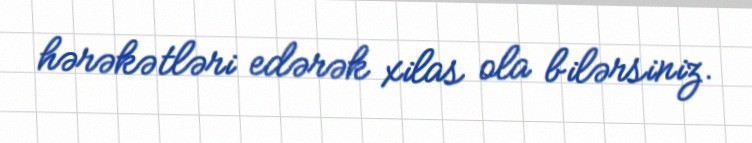
hərəkətləri edərək xilas ola bilərsiniz.